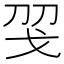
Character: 𢦝